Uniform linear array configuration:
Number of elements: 16
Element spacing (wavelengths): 0.75
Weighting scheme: binomial
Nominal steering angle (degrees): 15
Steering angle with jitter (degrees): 15.569
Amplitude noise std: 0.05
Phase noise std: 0.05

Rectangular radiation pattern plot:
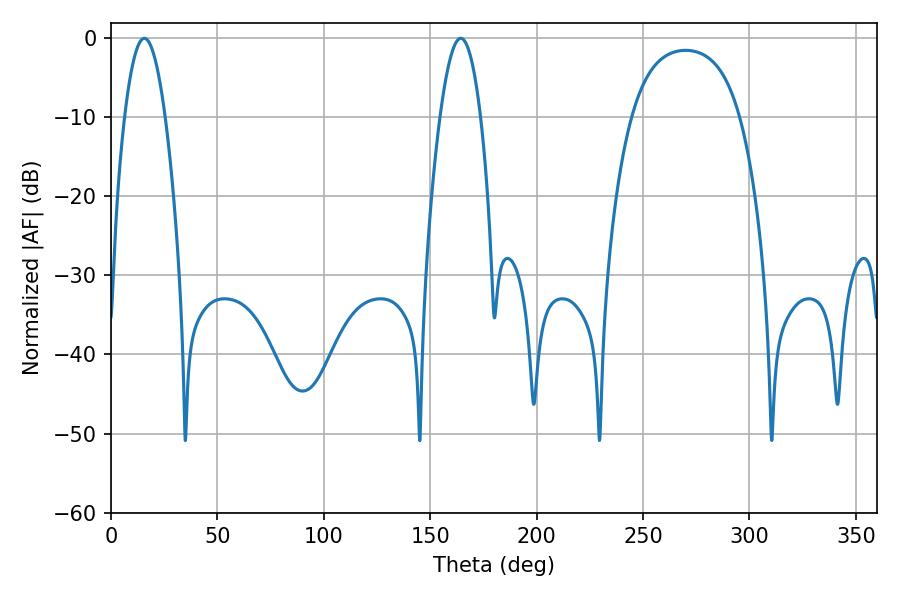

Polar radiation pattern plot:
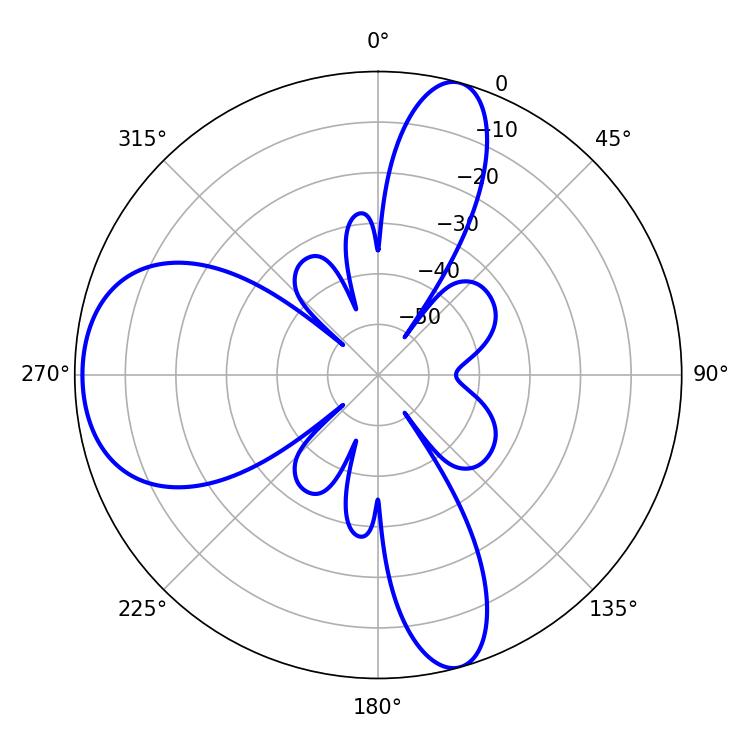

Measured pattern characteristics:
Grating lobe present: TRUE
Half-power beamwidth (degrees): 10.44
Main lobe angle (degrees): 15.66